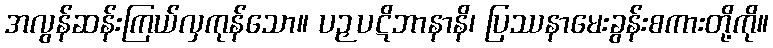
အလွန်ဆန်းကြယ်လှကုန်သော။ ပဉှပဋိဘာနာနိ၊ ပြဿနာမေးခွန်းစကားတို့ကို။